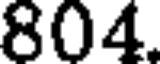
804.